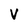
Character: v